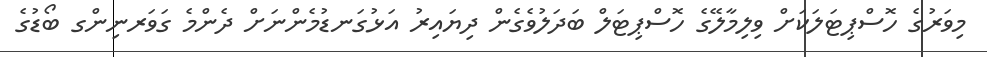
މިވަރުގެ ހޮސްޕިޓަލަކަށް ވިލިމާލޭގެ ހޮސްޕިޓަލް ބަދަލުވެގެން ދިޔައިރު އަޅުގަނޑުމެންނަށް ދެންމެ ގަވަރނިންގ ބޯޑުގެ